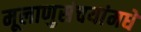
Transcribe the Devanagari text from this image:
मूलाणुसंचयांमधे